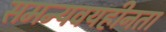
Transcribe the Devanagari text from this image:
समन्यवयहीनता